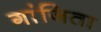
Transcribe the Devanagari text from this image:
गांजिता